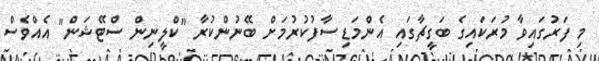
މި ފަރުގައިވާ މުރަކައިގެ ބަގީޗާގައި އެންމަޑި ސާފުކުރުމަށް ބޭނުންކުރާ "ކްލީނިން ސްޓޭޝަން" އެއްވެސް